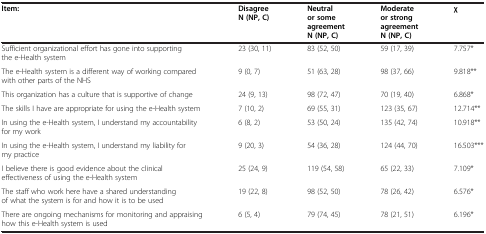
<table><thead><tr><td><b>Item:</b></td><td><b>DisagreeN (NP, C)</b></td><td><b>Neutral or some agreementN (NP, C)</b></td><td><b>Moderate or strong agreementN (NP, C)</b></td><td><b>χ</b></td></tr></thead><tbody><tr><td>Sufficient organizational effort has gone into supporting the e-Health system</td><td>23 (30, 11)</td><td>83 (52, 50)</td><td>59 (17, 39)</td><td>7.757*</td></tr><tr><td>The e-Health system is a different way of working compared with other parts of the NHS</td><td>9 (0, 7)</td><td>51 (63, 28)</td><td>98 (37, 66)</td><td>9.818**</td></tr><tr><td>This organization has a culture that is supportive of change</td><td>24 (9, 13)</td><td>98 (72, 47)</td><td>70 (19, 40)</td><td>6.868*</td></tr><tr><td>The skills I have are appropriate for using the e-Health system</td><td>7 (10, 2)</td><td>69 (55, 31)</td><td>123 (35, 67)</td><td>12.714**</td></tr><tr><td>In using the e-Health system, I understand my accountability for my work</td><td>6 (8, 2)</td><td>53 (50, 24)</td><td>135 (42, 74)</td><td>10.918**</td></tr><tr><td>In using the e-Health system, I understand my liability for my practice</td><td>9 (20, 3)</td><td>54 (36, 28)</td><td>124 (44, 70)</td><td>16.503***</td></tr><tr><td>I believe there is good evidence about the clinical effectiveness of using the e-Health system</td><td>25 (24, 9)</td><td>119 (54, 58)</td><td>65 (22, 33)</td><td>7.109*</td></tr><tr><td>The staff who work here have a shared understanding of what the system is for and how it is to be used</td><td>19 (22, 8)</td><td>98 (52, 50)</td><td>78 (26, 42)</td><td>6.576*</td></tr><tr><td>There are ongoing mechanisms for monitoring and appraising how this e-Health system is used</td><td>6 (5, 4)</td><td>79 (74, 45)</td><td>78 (21, 51)</td><td>6.196*</td></tr></tbody></table>